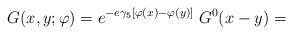
LaTeX: \begin{align*}G(x,y;\varphi) = e^{-e \gamma_5 [ \varphi(x) - \varphi(y) ] } \; G^0 (x-y) =\end{align*}